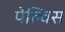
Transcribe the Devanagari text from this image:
पेल्विस